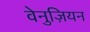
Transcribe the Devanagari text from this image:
वेनुज़ियन